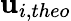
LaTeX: {\mathbf{u}}_{i,theo}